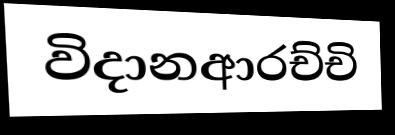
විදානආරච්චි